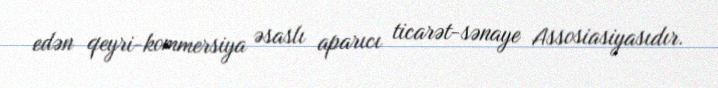
edən qeyri-kommersiya əsaslı aparıcı ticarət-sənaye Assosiasiyasıdır.